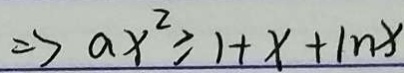
\Rightarrow a x ^ { 2 } \geqslant 1 + x + 1 n x